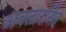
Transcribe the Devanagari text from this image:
अवतारसिंह